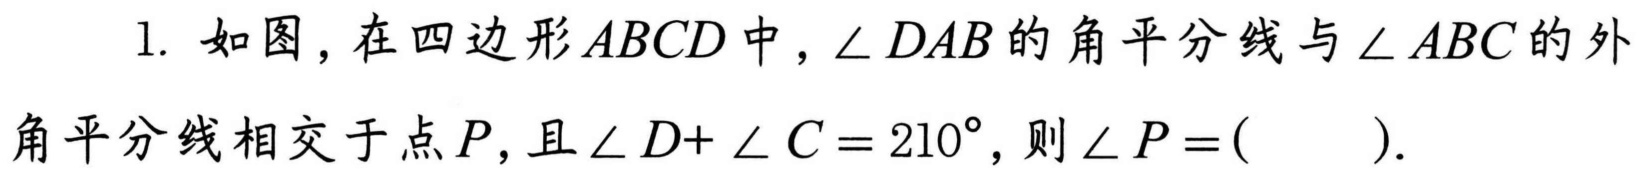
1. 如图，在四边形\(ABCD\)中，\(\angle DAB\)的角平分线与\(\angle ABC\)的外角平分线相交于点\(P\)，且\(\angle D+\angle C = 210^{\circ}\)，则\(\angle P=(\quad\quad)\).